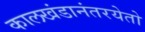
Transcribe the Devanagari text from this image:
कालखंडानंतरयेतो